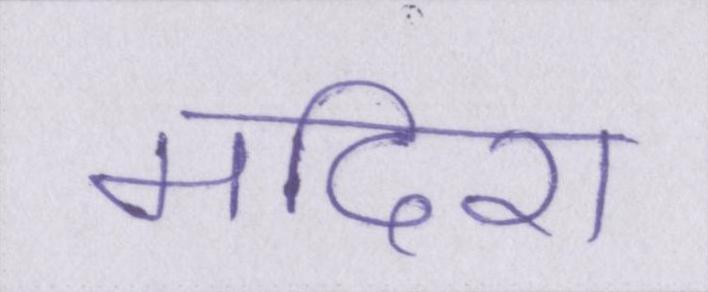
मदिरा